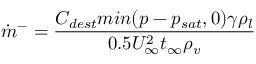
\dot { m } ^ { - } = \frac { C _ { d e s t } m i n ( p - p _ { s a t } , 0 ) \gamma \rho _ { l } } { 0 . 5 U _ { \infty } ^ { 2 } t _ { \infty } \rho _ { v } }